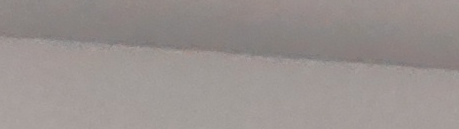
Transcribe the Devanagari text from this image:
काठ